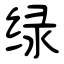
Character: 绿